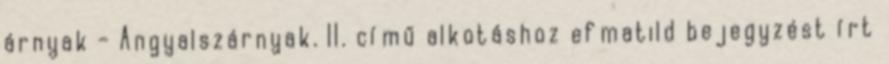
árnyak - Angyalszárnyak. II. című alkotáshoz efmatild bejegyzést írt